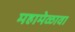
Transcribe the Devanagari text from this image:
महामेळावा